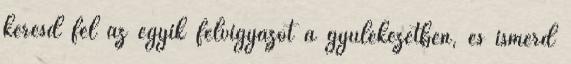
keresd fel az egyik felvigyázót a gyülekezetben, és ismerd